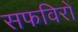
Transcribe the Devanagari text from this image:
सफविरों